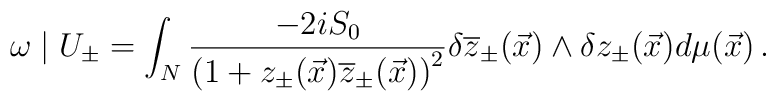
\omega\mid U_{\pm}=\int_N\frac{-2 i S_{0}}{\left(1+z_{\pm}(\vec{x})\overline{z}_{\pm}(\vec{x})\right)^2}\delta \overline{z}_{\pm}(\vec{x})\wedge \delta z_{\pm}(\vec{x})d\mu(\vec{x})\,.